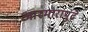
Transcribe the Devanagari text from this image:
आरमारापुढे